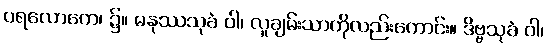
ပရလောကေ၊ ၌။ မနုဿသုခံ ဝါ၊ လူချမ်းသာကိုလည်းကောင်း။ ဒိဗ္ဗသုခံ ဝါ၊